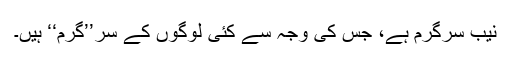
نیب سرگرم ہے، جس کی وجہ سے کئی لوگوں کے سر’’گرم‘‘ ہیں۔